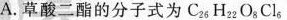
A.草酸二酯的分子式为C_{26}H_{22}O_{8}Cl_{6}。